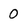
Character: 0